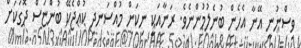
ވިސްނުނީ އޭނާ އެހެން ބުނެލުމުންނެވެ. ރަނާއަކީ ނިކަން މުއްސަނދި ކުއްޖެކޭ ބުންޏަސް ދޮގަކަށް